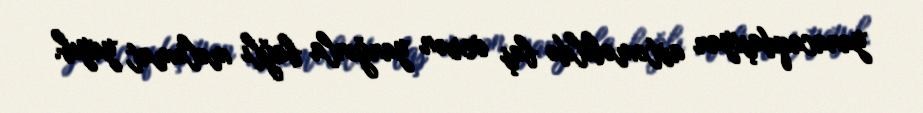
yanacaqdaşıyan avtomobildə baş verən yanğınla bağlı məlumat yayıb.